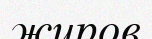
жиров